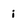
Character: i